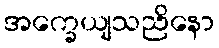
အက္ခေယျသညိနော